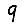
Digit: 9